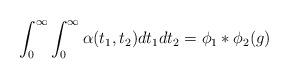
LaTeX: \begin{align*} \int_{0}^{\infty} \int_{0}^{\infty} \alpha (t_1,t_2) dt_1 dt_2 = \phi_1 * \phi_2 (g) \end{align*}